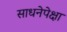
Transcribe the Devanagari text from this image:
साधनेपेक्षा